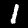
Digit: 1